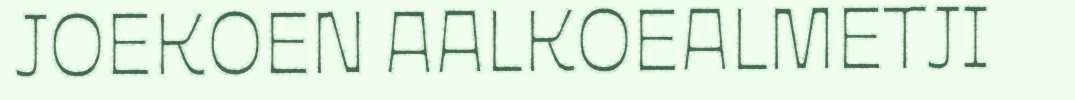
JOEKOEN AALKOEALMETJI